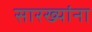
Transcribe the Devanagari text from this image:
सारख्यांना